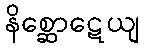
နိစ္ဆောဋေယျ